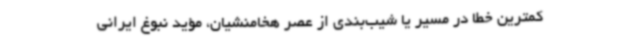
کمترین خطا در مسیر یا شیب‌بندی از عصر هخامنشیان، مؤید نبوغ ایرانی